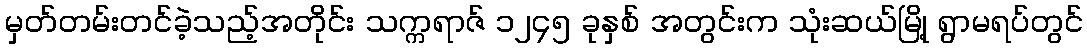
မှတ်တမ်းတင်ခဲ့သည့်အတိုင်း သက္ကရာဇ် ၁၂၄၅ ခုနှစ် အတွင်းက သုံးဆယ်မြို့ ရွာမရပ်တွင်